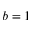
b = 1